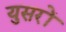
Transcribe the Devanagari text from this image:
युसरों